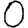
Digit: 0